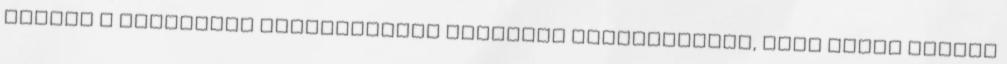
egykor a templomos lovagrenddel karöltve biztosította, hogy Isten fiának